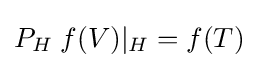
P_{H}\;f(V)|_{H}=f(T)